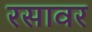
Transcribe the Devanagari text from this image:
रसावर